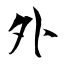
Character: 外